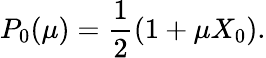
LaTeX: P_{0}(\mu)=\frac{1}{2}(1+\mu X_{0}).